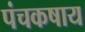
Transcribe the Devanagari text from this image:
पंचकषाय